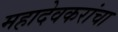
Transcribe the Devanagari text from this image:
महादेवकरांचा